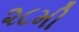
૨૮મી